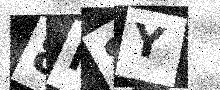
Text: 8N8Y